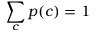
\sum _ { c } p ( c ) = 1